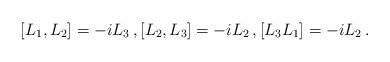
LaTeX: \begin{align*}[L_1,L_2]=-iL_3\,, [L_2,L_3]=-iL_2\,, [L_3L_1]=-iL_2\,.\end{align*}